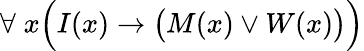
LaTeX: \forall\; x{\Big(}I(x)\rightarrow{\big(}M(x)\lor W(x){\big)}{\Big)}